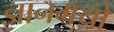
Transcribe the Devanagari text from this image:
ज्ञानमयो